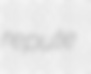
repute